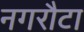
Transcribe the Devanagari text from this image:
नगरौटा